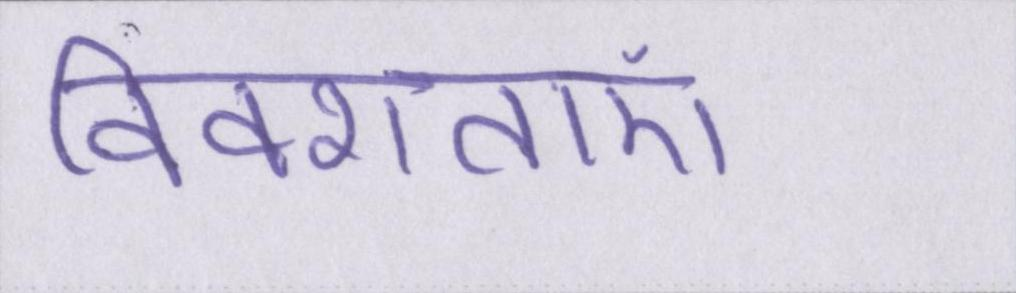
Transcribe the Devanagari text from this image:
विवशताएं